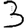
Digit: 3